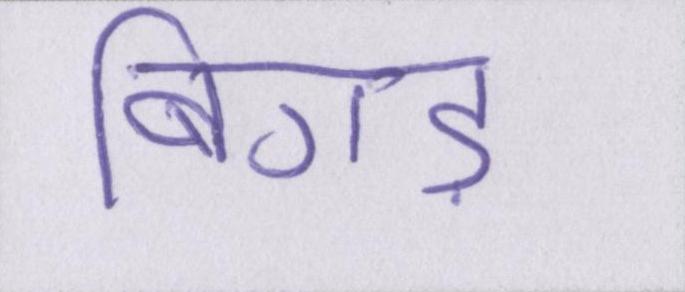
बिगड़